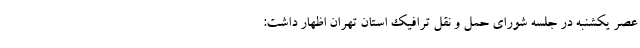
عصر یکشنبه در جلسه شورای حمل و نقل ترافیک استان تهران اظهار داشت: